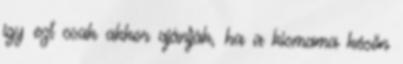
így ezt csak akkor ajánlják, ha a kismama későn